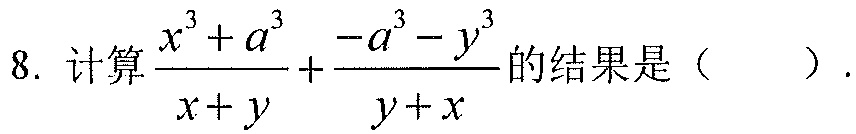
8. 计算\(\frac{x^{3}+a^{3}}{x + y}+\frac{-a^{3}-y^{3}}{y + x}\)的结果是（  ）.